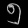
Digit: ၅